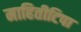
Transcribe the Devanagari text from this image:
माहितीटिपा